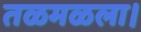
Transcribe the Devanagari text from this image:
तळमळला।